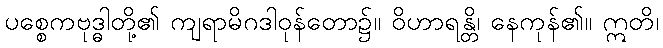
ပစ္စေကဗုဒ္ဓါတို့၏ ကျရာမိဂဒါဝုန်တော၌။ ဝိဟာရန္တိ၊ နေကုန်၏။ ဣတိ၊